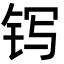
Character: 䥾